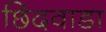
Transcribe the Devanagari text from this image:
छिंदवाडा़